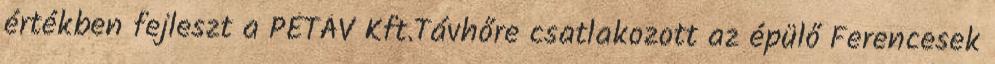
értékben fejleszt a PÉTÁV Kft.Távhőre csatlakozott az épülő Ferencesek